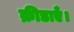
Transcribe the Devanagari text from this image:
क्रीडाएँ।